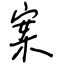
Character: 案